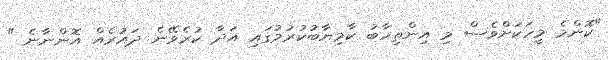
"ކޮންމެ މީހަކަށްވެސް މި އިންތިހާބު ކާމިޔާބުކުރުމުގައި އަދާ ކުރެވޭނެ ދައުރެއް އޮންނާނެ "